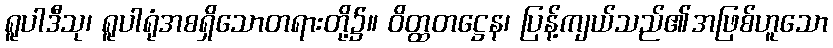
ရူပါဒီသု၊ ရူပါရုံအစရှိသောတရားတို့၌။ ဝိတ္ထတဋ္ဌေန၊ ပြန့်ကျယ်သည်၏အဖြစ်ဟူသော